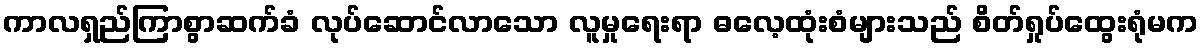
ကာလရှည်ကြာစွာဆက်ခံ လုပ်ဆောင်လာသော လူမှုရေးရာ ဓလေ့ထုံးစံများသည် စိတ်ရှုပ်ထွေးရုံမက